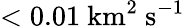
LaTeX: <0.01\ \mathrm{km^{2}\ s^{-1}}